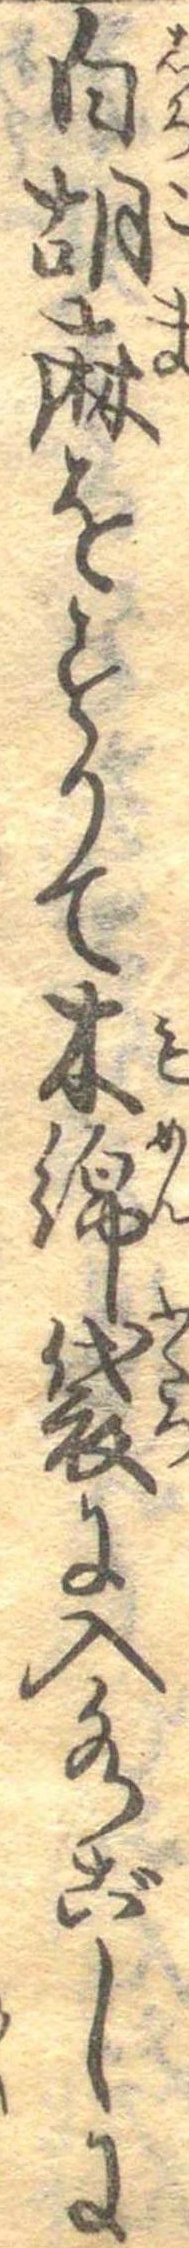
白胡麻をすりて木綿袋に入水ごしに